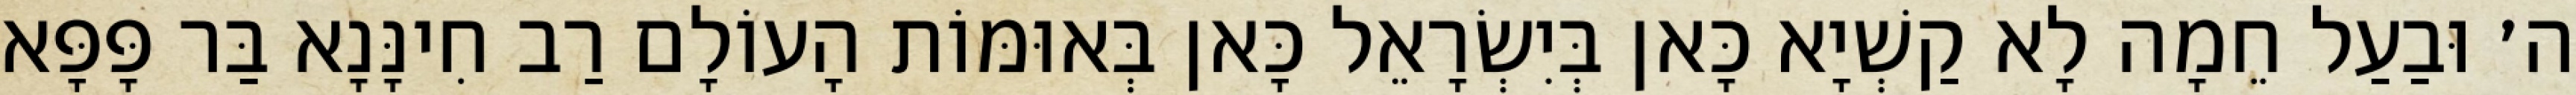
ה׳ וּבַעַל חֵמָה לָא קַשְׁיָא כָּאן בְּיִשְׂרָאֵל כָּאן בְּאוּמּוֹת הָעוֹלָם רַב חִינָּנָא בַּר פָּפָּא